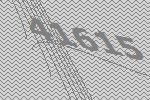
41615